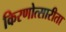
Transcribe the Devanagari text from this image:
किरणोत्सारीता